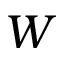
W